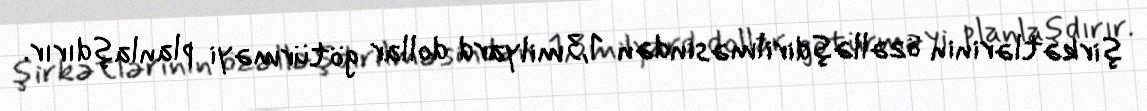
şirkətlərinin özəlləşdirilməsindən 1,3 milyard dollar götürməyi planlaşdırır.